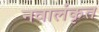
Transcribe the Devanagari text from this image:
नवालंकृत